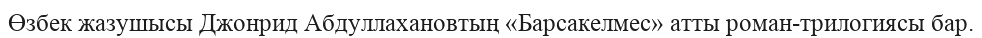
Өзбек жазушысы Джонрид Абдуллахановтың «Барсакелмес» атты роман-трилогиясы бар.